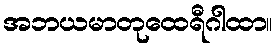
အဘယမာတုထေရီဂါထာ။